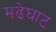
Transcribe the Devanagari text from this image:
मढेघाट